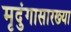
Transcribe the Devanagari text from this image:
मृदुंगासारख्या